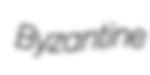
Byzantine